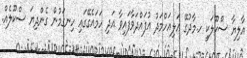
އާލިޔާ ސްކޫލަކީ ހ.މާދުގޭ ޢަލިއަހްމަދު އުފައްދަވާފައިވާ އަދި ހަމައެގޭގައި ހިނގަމުން ގެންދިޔަ ސްކޫލެއް.